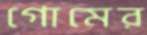
গোমের